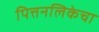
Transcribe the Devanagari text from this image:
पित्तनलिकेचा